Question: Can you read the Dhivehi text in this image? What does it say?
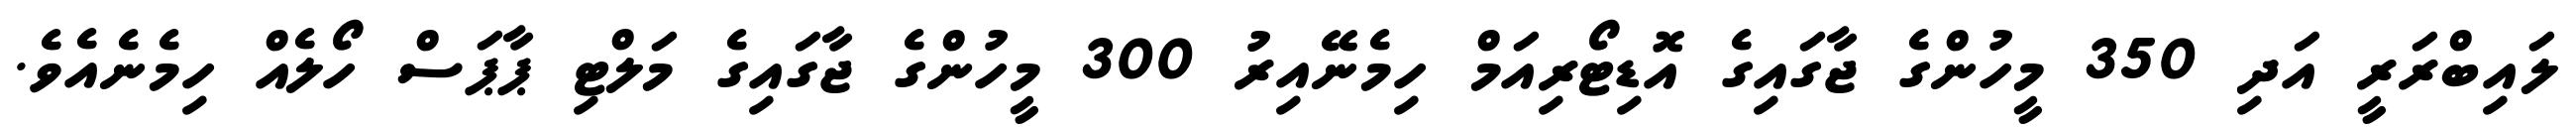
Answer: ލައިބްރަރީ އަދި 350 މީހުންގެ ޖާގައިގެ އޮޑިޓޯރިއަމް ހިމެނޭއިރު 300 މީހުންގެ ޖާގައިގެ މަލްޓި ޕާޕަސް ހޯލެއް ހިމެނެއެވެ.